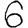
Digit: 6